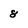
Character: 8